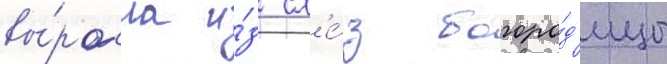
вы́росла и́з сл'е́з богоро́д'ицы